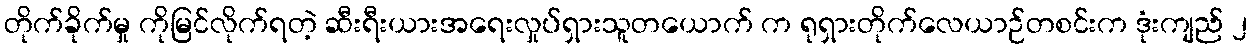
တိုက်ခိုက်မှု ကိုမြင်လိုက်ရတဲ့ ဆီးရီးယားအရေးလှုပ်ရှားသူတယောက် က ရုရှားတိုက်လေယာဉ်တစင်းက ဒုံးကျည် ၂